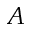
A